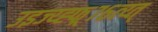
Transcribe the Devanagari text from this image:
उइज्य्ह्फ्र्७६त्य्त्